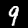
Label: 9